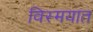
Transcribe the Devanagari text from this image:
विस्मयात